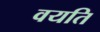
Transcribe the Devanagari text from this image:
वयति